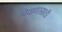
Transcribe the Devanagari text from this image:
बियाणासाठी